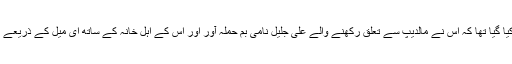
اسے 2013ء میں اس الزام کے تحت گرفتار کیا گیا تھا کہ اس نے مالدیپ سے تعلق رکھنے والے علی جلیل نامی بم حملہ آور اور اس کے اہل خانہ کے ساتھ ای میل کے ذریعے مشاورت کی اور انھیں مالی معاونت فراہم کی۔